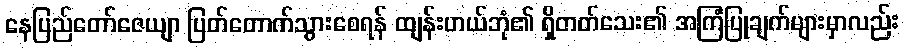
နေပြည်တော်ဇေယျာ ပြတ်တောက်သွားစေရန် ထျန်းဟယ်ဘုံ၏ ရှိတတ်သေး၏ အကြံပြုချက်များမှာလည်း